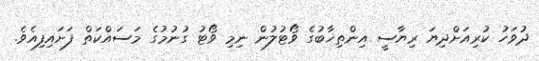
ދުވަހު ކުރިއަށްދިޔަ ރިޔާސީ އިންތިޚާބުގެ ވޯޓުލުން ނިމި ވޯޓު ގުނުމުގެ މަސައްކަތް ފަށައިފިއެވެ.